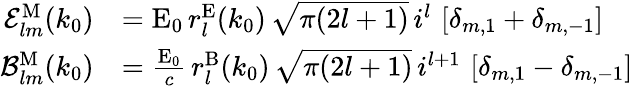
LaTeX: \begin{array}{rl}{\mathcal{E}_{lm}^{\mathrm{M}}(k_{0})}&{=\mathrm{E}_{0}\, r_{l}^{\mathrm{E}}(k_{0})\, \sqrt{\pi(2l+1)}\, i^{l}\, \left[\delta_{m,1}+\delta_{m,-1}\right]}\\ {\mathcal{B}_{lm}^{\mathrm{M}}(k_{0})}&{=\frac{\mathrm{E}_{0}}{c}\, r_{l}^{\mathrm{B}}(k_{0})\, \sqrt{\pi(2l+1)}\, i^{l+1}\, \left[\delta_{m,1}-\delta_{m,-1}\right]}\end{array}